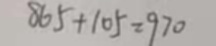
8 6 5 + 1 0 5 = 9 7 0